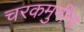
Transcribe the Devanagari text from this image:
चरकमुनींना